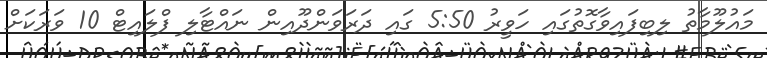
މައުލޫމާތު ލިބިފައިވާގޮތުގައި ހަވީރު 5:50 ގައި ދަރަވަންދޫއިން ނައްޓާލި ފްލައިޓް 10 ވަރަކަށް